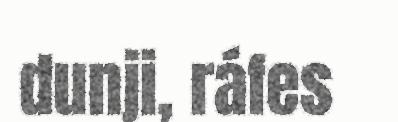
dunji, ráfes